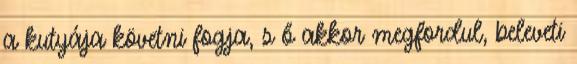
a kutyája követni fogja, s ő akkor megfordul, beleveti